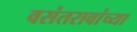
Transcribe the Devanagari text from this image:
वसंतरावांच्या